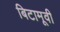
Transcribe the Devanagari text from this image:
बिटामूवी